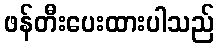
ဖန်တီးပေးထားပါသည်